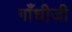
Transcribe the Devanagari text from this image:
गाँधीजी